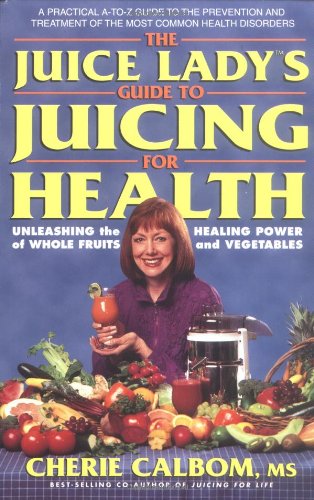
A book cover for The Juice Lady's Guide to Juicing for Health: Unleashing the Healing Power of Whole Fruits and Vegetables; Cherie Calbom; Cookbooks, Food & Wine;